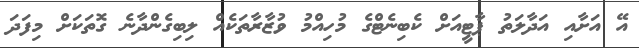
އޭ އަށާއި އަދާލަތު ޕާޓީއަށް ކެބިނެޓްގެ މުހިއްމު ވުޒާރާތަކެއް ލިބިގެންދާނެ ގޮތަކަށް މިފަދަ